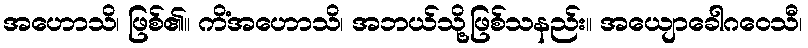
အဟောသိ၊ ဖြစ်၏။ ကိံအဟောသိ၊ အဘယ်သို့ဖြစ်သနည်း။ အယျောခေါဂဝေသီ၊